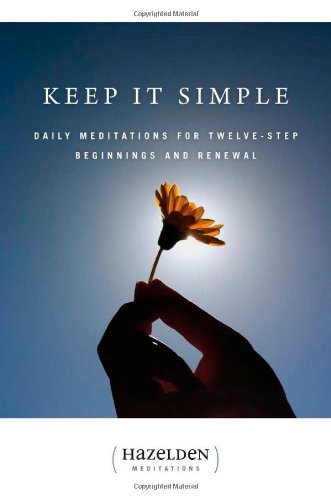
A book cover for Keep It Simple: Daily Meditations For Twelve-Step Beginnings And Renewal (Hazelden Meditation Series); Anonymous; Health, Fitness & Dieting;